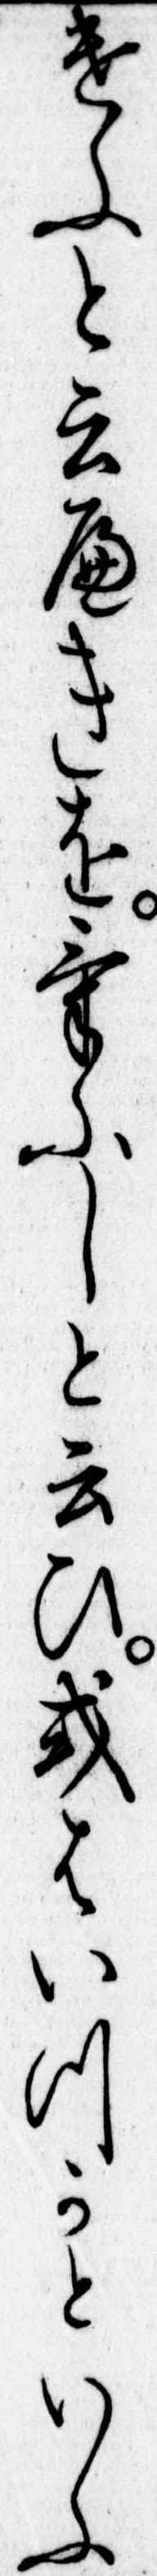
けふと云へきをけふしと云ひ或はいつかといふ